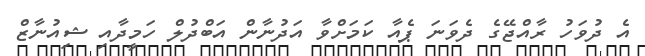
އެ ދުވަހު ރާއްޖޭގެ ދެވަނަ ޕެއާ ކަމަށްވާ އަދުނާން އަބްދުލް ހަމީދާއި ޝިއުނާޒް